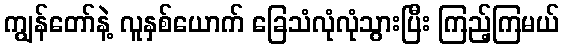
ကျွန်တော်နဲ့ လူနှစ်ယောက် ခြေသံလုံလုံသွားပြီး ကြည့်ကြမယ်